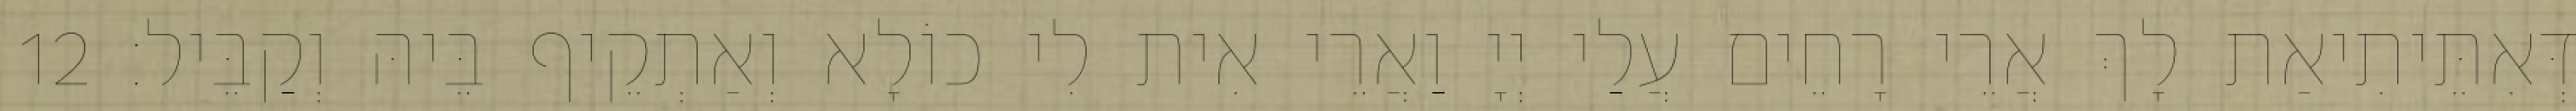
דְּאִתֵּיתִיאַת לָךְ אֲרֵי רָחֵים עֲלַי יְיָ וַאֲרֵי אִית לִי כוֹלָא וְאַתְקֵיף בֵּיהּ וְקַבֵּיל׃ 12